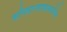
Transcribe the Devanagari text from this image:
शनिवारवाड्यासमोरील